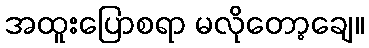
အထူးပြောစရာ မလိုတော့ချေ။